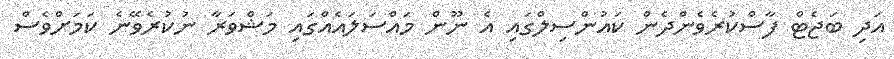
އަދި ބަޖެޓް ފާސްކުރެވެންދެން ކައުންސިލްގައި އެ ނޫން މައްސަަލައެއްގައި މަޝްވަރާ ނުކުރެވޭނެ ކަމަށްވެސް